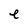
Character: e